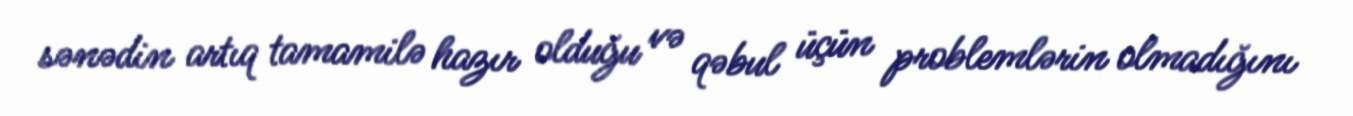
sənədin artıq tamamilə hazır olduğu və qəbul üçün problemlərin olmadığını